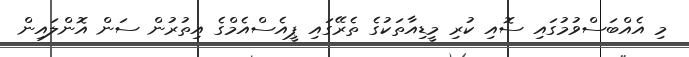
މި އެއްބަސްވުމުގައި ސޮއި ކުރި މީޑިއާތަކުގެ ތެރޭގައި ޕީއެސްއެމްގެ އިތުރުން ސަން އޮންލައިން